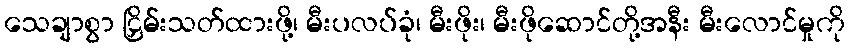
သေချာစွာ ငြှိမ်းသတ်ထားဖို့၊ မီးပလပ်ခုံ၊ မီးဖိုး၊ မီးဖိုဆောင်တို့အနီး မီးလောင်မှုကို